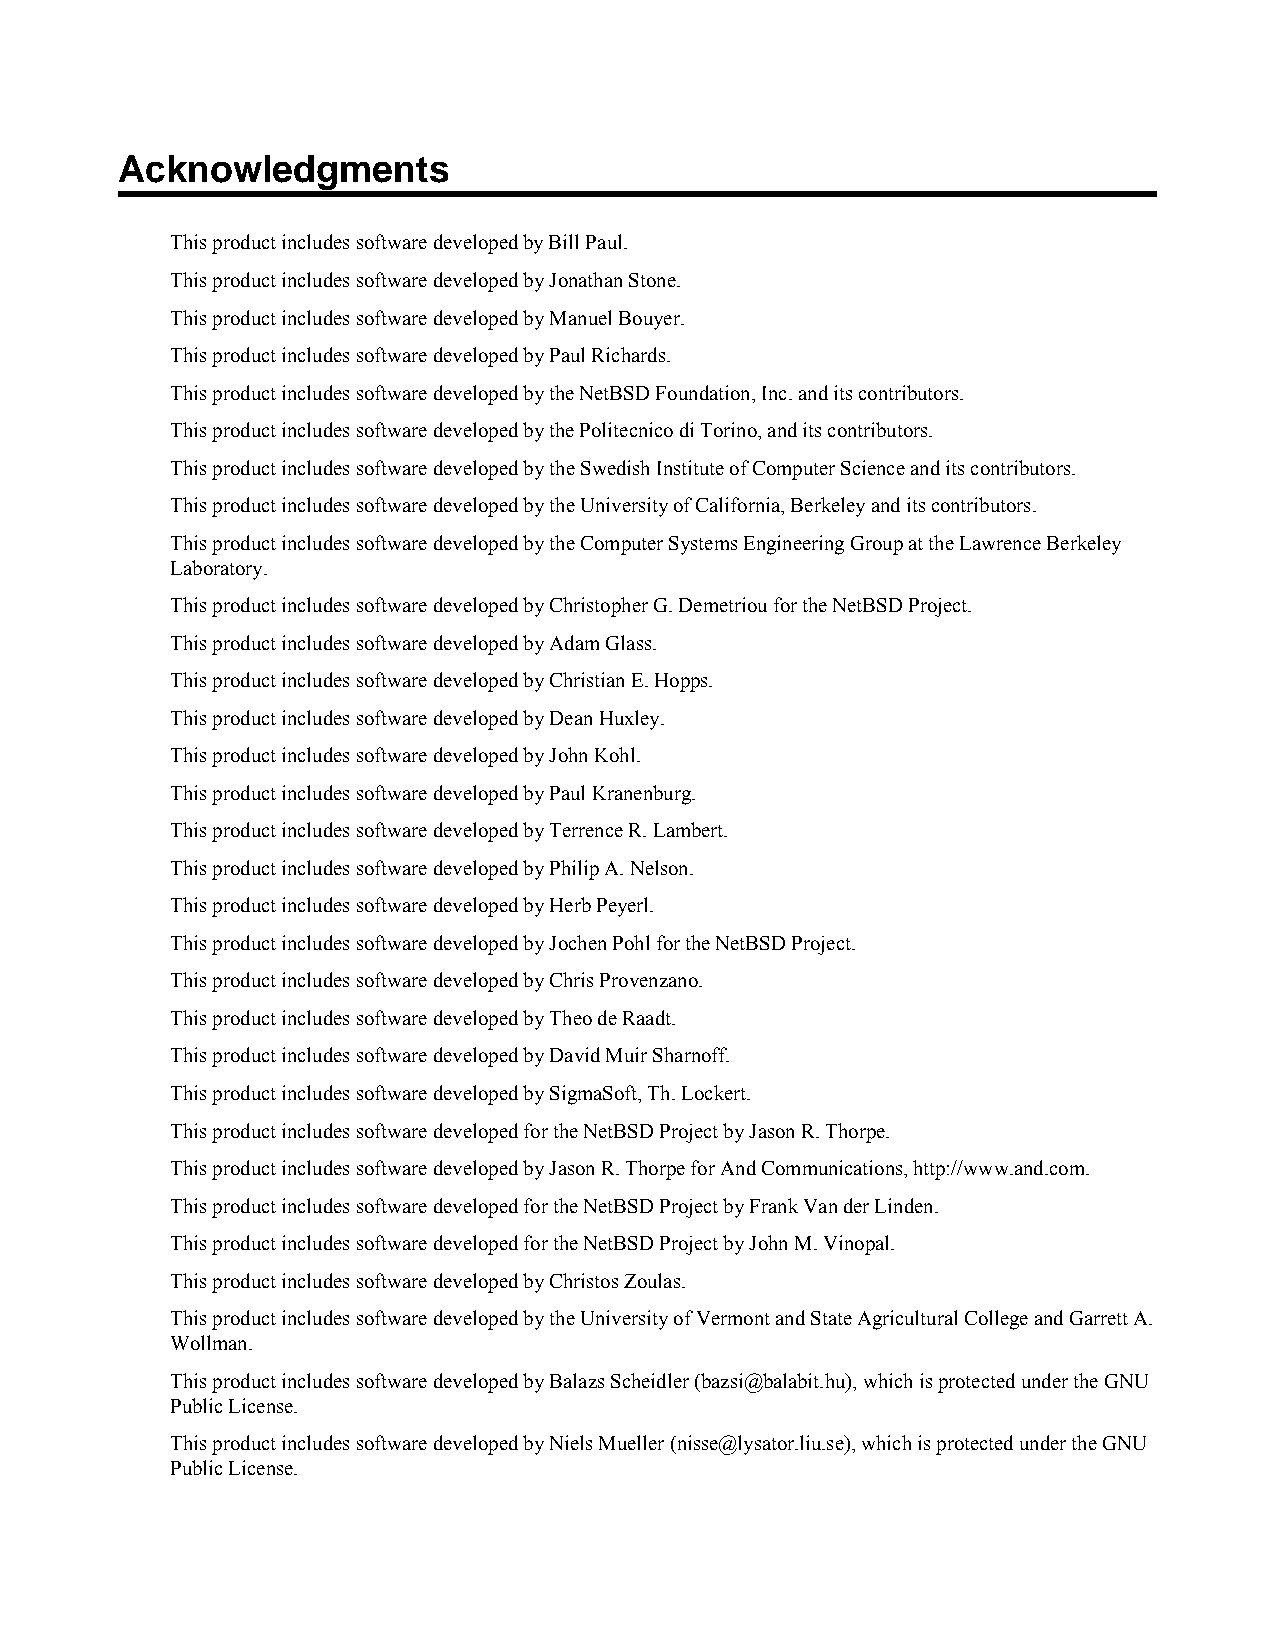
Acknowledgments
 This product includes software developed by Bill Paul.
 This product includes software developed by Jonathan Stone.
 This product includes software developed by Manuel Bouyer.
 This product includes software developed by Paul Richards.
 This product includes software developed by the NetBSD Foundation, Inc. and its contributors.
 This product includes software developed by the Politecnico di Torino, and its contributors.
 This product includes software developed by the Swedish Institute of Computer Science and its contributors.
 This product includes software developed by the University of California, Berkeley and its contributors.
 This product includes software developed by the Computer Systems Engineering Group at the Lawrence Berkeley
 Laboratory.
 This product includes software developed by Christopher G. Demetriou for the NetBSD Project.
 This product includes software developed by Adam Glass.
 This product includes software developed by Christian E. Hopps.
 This product includes software developed by Dean Huxley.
 This product includes software developed by John Kohl.
 This product includes software developed by Paul Kranenburg.
 This product includes software developed by Terrence R. Lambert.
 This product includes software developed by Philip A. Nelson.
 This product includes software developed by Herb Peyerl.
 This product includes software developed by Jochen Pohl for the NetBSD Project.
 This product includes software developed by Chris Provenzano.
 This product includes software developed by Theo de Raadt.
 This product includes software developed by David Muir Sharnoff.
 This product includes software developed by SigmaSoft, Th. Lockert.
 This product includes software developed for the NetBSD Project by Jason R. Thorpe.
 This product includes software developed by Jason R. Thorpe for And Communications, http://www.and.com.
 This product includes software developed for the NetBSD Project by Frank Van der Linden.
 This product includes software developed for the NetBSD Project by John M. Vinopal.
 This product includes software developed by Christos Zoulas.
 This product includes software developed by the University of Vermont and State Agricultural College and Garrett A.
 Wollman.
 This product includes software developed by Balazs Scheidler (bazsi@balabit.hu), which is protected under the GNU
 Public License.
 This product includes software developed by Niels Mueller (nisse@lysator.liu.se), which is protected under the GNU
 Public License.